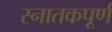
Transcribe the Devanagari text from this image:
स्नातकपूर्ण